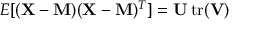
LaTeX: E [ ( \mathbf { X } - \mathbf { M } ) ( \mathbf { X } - \mathbf { M } ) ^ { T } ] = \mathbf { U } \operatorname { t r } ( \mathbf { V } )